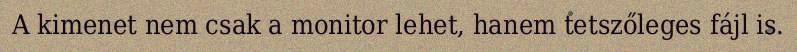
A kimenet nem csak a monitor lehet, hanem tetszőleges fájl is.